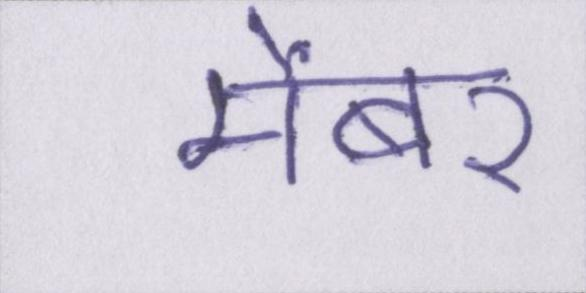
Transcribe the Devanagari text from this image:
मेंबर